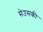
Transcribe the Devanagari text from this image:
सेउसकी